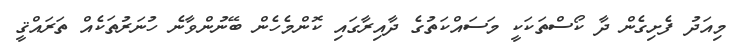
މިއަދު ފެށިގެން ދާ ކޯސްތަކަކީ މަސައްކަތުގެ ދާއިރާގައި ކޮންމެހެން ބޭނުންވާނެ ހުނަރުތަކެއް ތަރައްޤީ